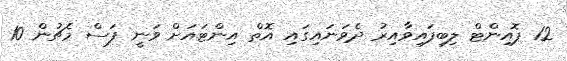
12 ޕޮއިންޓް ލިބިފައިވާއިރު ދެވަނައިގައި އޮތް އިންޓައަށް ވަނީ ފަސް މެޗުން 10